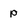
Character: p